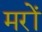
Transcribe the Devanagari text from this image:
मरों